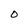
Character: 0